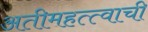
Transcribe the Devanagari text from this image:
अतीमहत्त्वाची